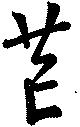
芒